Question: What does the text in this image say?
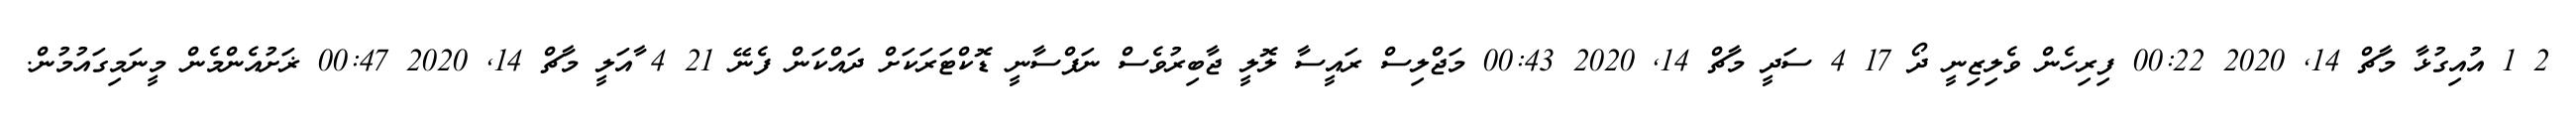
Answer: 2 1 އުއިގުޅާ މާޗް 14, 2020 00:22 ފިރިހެން ވެލިޒިނީ ދޯ 17 4 ސަދީ މާޗް 14, 2020 00:43 މަޖްލިސް ރައީސާ ލޮލީ ޖާބިރުވެސް ނަފްސާނީ ޑޮކްޓަރަކަށް ދައްކަން ފެނޭ 21 4 ާއަލީ މާޗް 14, 2020 00:47 ޜަށުއެންމެން މީނަމިގައުމުން.